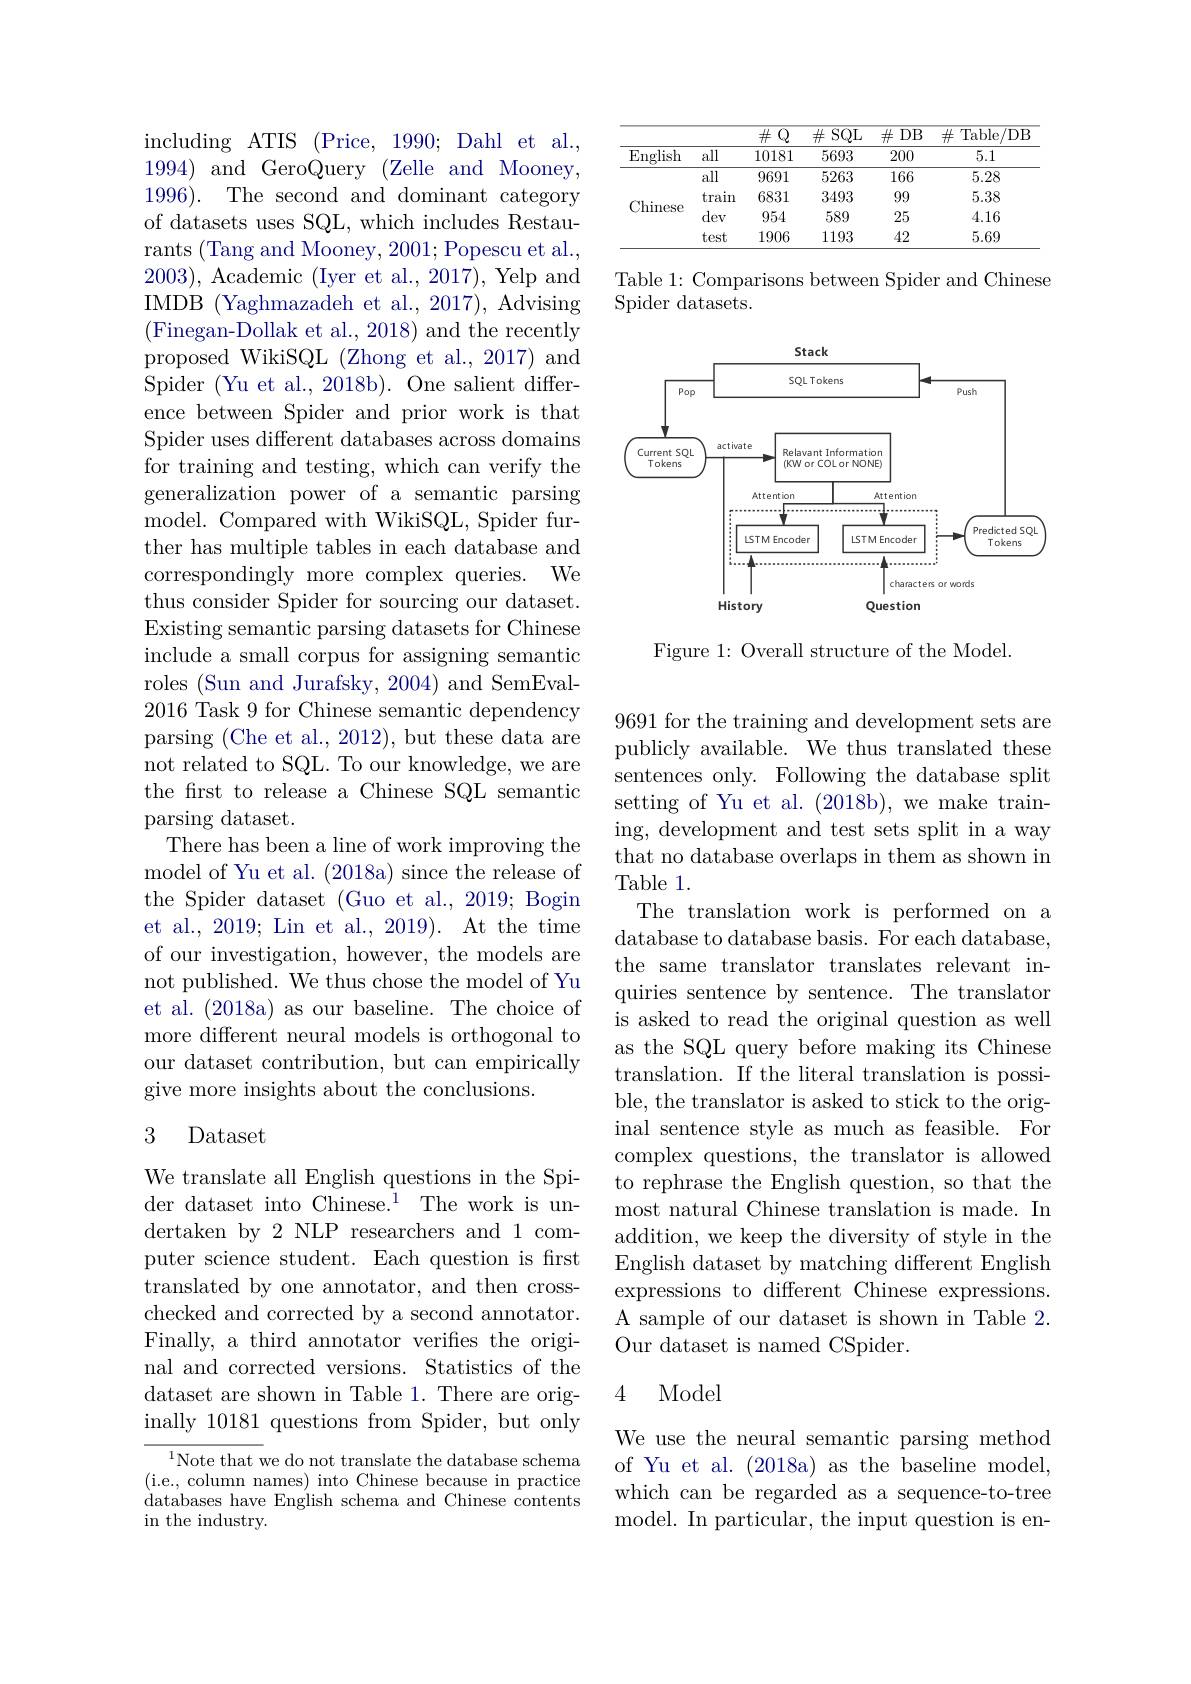
including ATIS (Price, 1990; Dahl et al., 1994) and GeroQuery (Zelle and Mooney, 1996). The second and dominant category of datasets uses SQL, which includes Restaurants (Tang and Mooney, 2001; Popescu et al., 2003), Academic (Iyer et al., 2017), Yelp and IMDB (Yaghmazadeh et al., 2017), Advising (Finegan-Dollak et al., 2018) and the recently proposed WikiSQL (Zhong et al., 2017) and Spider (Yu et al., 2018b). One salient difference between Spider and prior work is that Spider uses different databases across domains for training and testing, which can verify the generalization power of a semantic parsing model. Compared with WikiSQL, Spider further has multiple tables in each database and correspondingly more complex queries. We thus consider Spider for sourcing our dataset. Existing semantic parsing datasets for Chinese include a small corpus for assigning semantic roles ( Sun and Jurafsky, 2004) and SemEval- 2016 Task 9 for Chinese semantic dependency parsing (Che et al., 2012), but these data are not related to SQL. To our knowledge, we are the first to release a Chinese SQL semantic parsing dataset.
There has been a line of work improving the model of Yu et al. (2018a) since the release of the Spider dataset (Guo et al., 2019; Bogin et al., 2019; Lin et al., 2019). At the time of our investigation, however, the models are not published. We thus chose the model of Yu et al. (2018a) as our baseline. The choice of more different neural models is orthogonal to our dataset contribution, but can empirically give more insights about the conclusions.

### 3 Dataset

We translate all English questions in the Spider dataset into Chinese.$^1$ The work is undertaken by 2 NLP researchers and 1 computer science student. Each question is frst translated by one annotator, and then crosschecked and corrected by a second annotator. Finally, a third annotator verifies the original and corrected versions. Statistics of the dataset are shown in Table 1. There are originally 10181 questions from Spider, but only

${^{1}\text{Note that we do not translate the database schema}}$ ( i. e. , column names) into Chinese because in practice databases have English schema and Chinese contents in the industry.

<table>
	<tbody>
		<tr>
			<th> </th>
			<th> </th>
			<th>$\overline{\#\mathbb{Q}}$</th>
			<th>$\#$SQL</th>
			<th>$\#$DB</th>
			<th>$\#$ Table/ DB</th>
		</tr>
		<tr>
			<td>$\operatorname{English}$</td>
			<td>all</td>
			<td>10181</td>
			<td>5693</td>
			<td>200</td>
			<td>5.1</td>
		</tr>
		<tr>
			<td rowspan="4">Chinese</td>
			<td>all</td>
			<td>9691</td>
			<td>5263</td>
			<td>166</td>
			<td>5.28</td>
		</tr>
		<tr>
			<td>train</td>
			<td>6831</td>
			<td>3493</td>
			<td>99</td>
			<td>5.38</td>
		</tr>
		<tr>
			<td>dev</td>
			<td>954</td>
			<td>589</td>
			<td>25</td>
			<td>4.16</td>
		</tr>
		<tr>
			<td>test</td>
			<td>1906</td>
			<td>1193</td>
			<td>42</td>
			<td>5.69</td>
		</tr>
	</tbody>
</table>

Table 1: Comparisons between Spider and Chinese
Spider datasets.

<FigureHere>

Figure 1: Overall structure of the Model.

9691 for the training and development sets are publicly available. We thus translated these sentences only. Following the database split setting of Yu et al. (2018b),we make training, development and test sets split in a way that no database overlaps in them as shown in Table 1.
The translation work is performed on a database to database basis. For each database, the same translator translates relevant inquiries sentence by sentence. The translator is asked to read the original question as well as the SQL query before making its Chinese translation. If the literal translation is possible, the translator is asked to stick to the original sentence style as much as feasible. For complex questions, the translator is allowed to rephrase the English question, so that the most natural Chinese translation is made. In addition, we keep the diversity of style in the English dataset by matching different English expressions to different Chinese expressions. A sample of our dataset is shown in Table 2. Our dataset is named CSpider.

### 4 Model

We use the neural semantic parsing method of Yu et al. (2018a) as the baseline model, which can be regarded as a sequence-to-tree model. In particular, the input question is en-